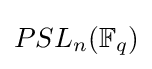
PSL_{n}(\mathbb {F} _{q})